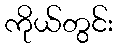
ကိုယ်တွင်း